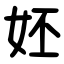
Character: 㚰